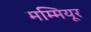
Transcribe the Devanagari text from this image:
मम्मियूर